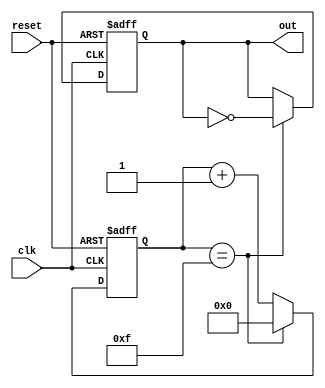
module frequency_divider (
  input wire clk,
  input wire reset,
  output reg out
);

reg [7:0] counter;

always @(posedge clk or posedge reset) begin
  if (reset) begin
    counter <= 8'b0;
    out <= 1'b0;
  end else begin
    if (counter == 8'd15) begin
      counter <= 8'b0;
      out <= ~out;
    end else begin
      counter <= counter + 8'd1;
    end
  end
end

endmodule